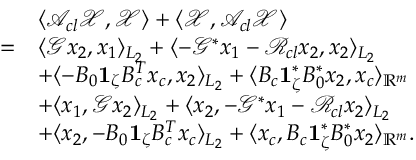
\begin{array} { r l } & { \langle \mathcal { A } _ { c l } \mathcal { X } , \mathcal { X } \rangle + \langle \mathcal { X } , \mathcal { A } _ { c l } \mathcal { X } \rangle } \\ { = } & { \langle \mathcal { G } x _ { 2 } , x _ { 1 } \rangle _ { L _ { 2 } } + \langle - \mathcal { G } ^ { * } x _ { 1 } - \mathcal { R } _ { c l } x _ { 2 } , x _ { 2 } \rangle _ { L _ { 2 } } } \\ & { + \langle - B _ { 0 } \mathbf { 1 } _ { \zeta } B _ { c } ^ { T } x _ { c } , x _ { 2 } \rangle _ { L _ { 2 } } + \langle B _ { c } \mathbf { 1 } _ { \zeta } ^ { * } B _ { 0 } ^ { * } x _ { 2 } , x _ { c } \rangle _ { \mathbb { R } ^ { m } } } \\ & { + \langle x _ { 1 } , \mathcal { G } x _ { 2 } \rangle _ { L _ { 2 } } + \langle x _ { 2 } , - \mathcal { G } ^ { * } x _ { 1 } - \mathcal { R } _ { c l } x _ { 2 } \rangle _ { L _ { 2 } } } \\ & { + \langle x _ { 2 } , - B _ { 0 } \mathbf { 1 } _ { \zeta } B _ { c } ^ { T } x _ { c } \rangle _ { L _ { 2 } } + \langle x _ { c } , B _ { c } \mathbf { 1 } _ { \zeta } ^ { * } B _ { 0 } ^ { * } x _ { 2 } \rangle _ { \mathbb { R } ^ { m } } . } \end{array}